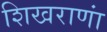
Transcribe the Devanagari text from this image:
शिखराणां